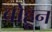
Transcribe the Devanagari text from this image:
बोहून